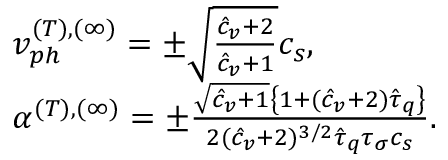
\begin{array} { r l } & { v _ { p h } ^ { ( T ) , ( \infty ) } = \pm \sqrt { \frac { \hat { c } _ { v } + 2 } { \hat { c } _ { v } + 1 } } c _ { s } , } \\ & { \alpha ^ { ( T ) , ( \infty ) } = \pm \frac { \sqrt { \hat { c } _ { v } + 1 } \left\{ 1 + ( \hat { c } _ { v } + 2 ) \hat { \tau } _ { q } \right\} } { 2 ( \hat { c } _ { v } + 2 ) ^ { 3 / 2 } \hat { \tau } _ { q } \tau _ { \sigma } c _ { s } } . } \end{array}